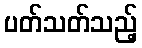
ပတ်သတ်သည့်